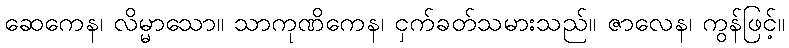
ဆေကေန၊ လိမ္မာသော။ သာကုဏိကေန၊ ငှက်ခတ်သမားသည်။ ဇာလေန၊ ကွန်ဖြင့်။